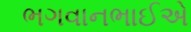
ભગવાનભાઈએ